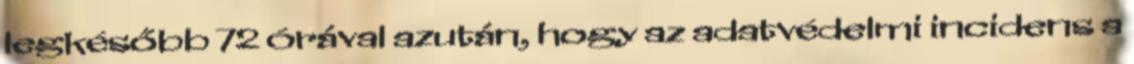
legkésőbb 72 órával azután, hogy az adatvédelmi incidens a